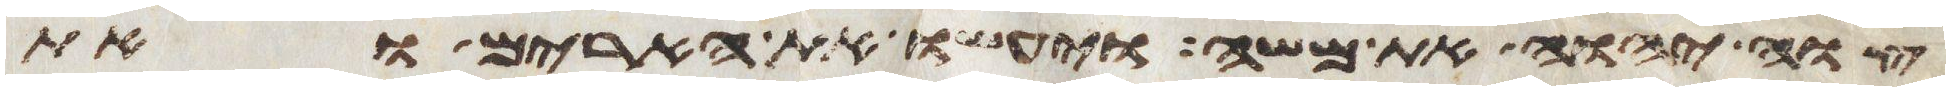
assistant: צוה יהוה את משה ויעשו את הארים ואת